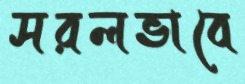
সরলভাবে